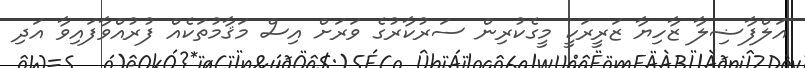
އަލްފާޟިލާ ޒާހިޔާ ޒަރީރަކީ މީގެކުރިން ސަރުކާރުގެ ވަރަށް އިސް މަޤާމުތަކެއް ފުރުއްވާފައިވާ އަދި